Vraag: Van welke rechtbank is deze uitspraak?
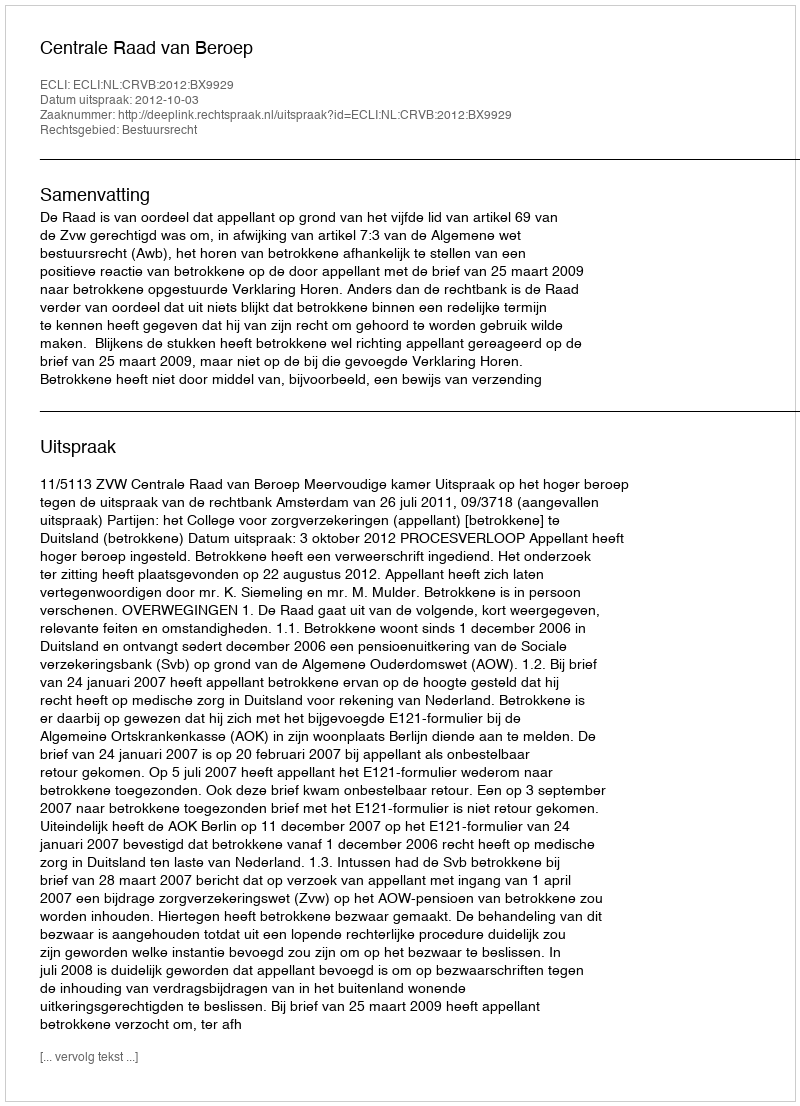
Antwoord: Centrale Raad van Beroep